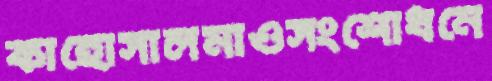
কাহোসালমাওসংশোধনে